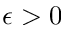
\epsilon > 0